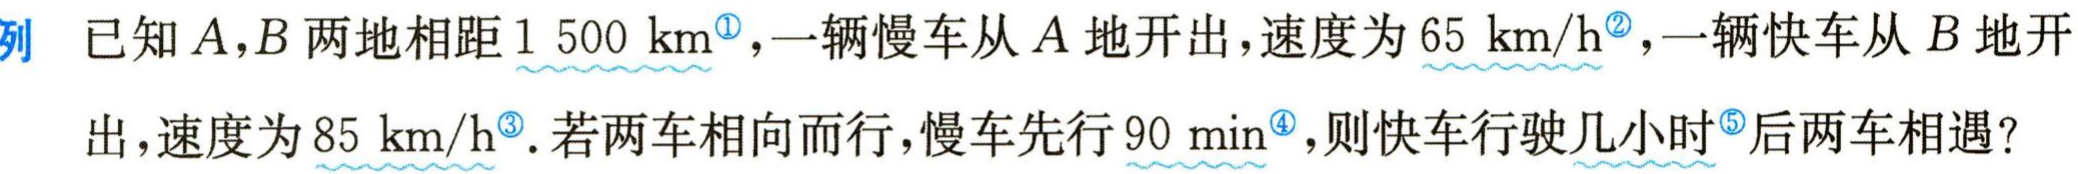
例 已知\(A,B\)两地相距\(1 500\ \text{km}^{\circled{1}}\)，一辆慢车从\(A\)地开出，速度为\(65\ \text{km/h}^{\circled{2}}\)，一辆快车从\(B\)地开出，速度为\(85\ \text{km/h}^{\circled{3}}\). 若两车相向而行，慢车先行\(90\ \text{min}^{\circled{4}}\)，则快车行驶几小时\(^{\circled{5}}\)后两车相遇？